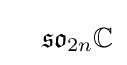
\quad {\mathfrak {so}}_{2n}\mathbb {C}